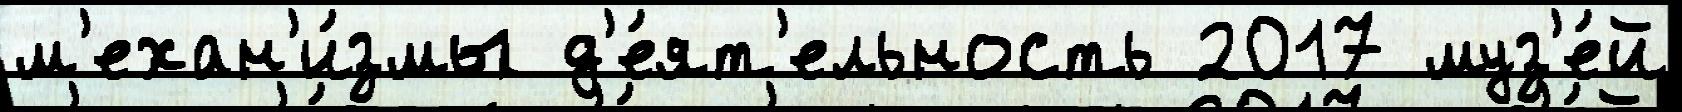
м'ехан'и́змы д'е́ят'ельность 2017 муз'е́й